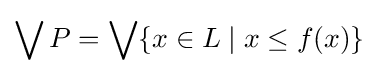
\bigvee P=\bigvee \{x\in L\mid x\leq f(x)\}